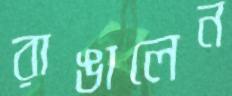
রাঙালেন